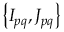
\left\{ { { I _ { p q } } , { J _ { p q } } } \right\}